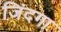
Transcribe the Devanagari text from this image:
जिंदगा